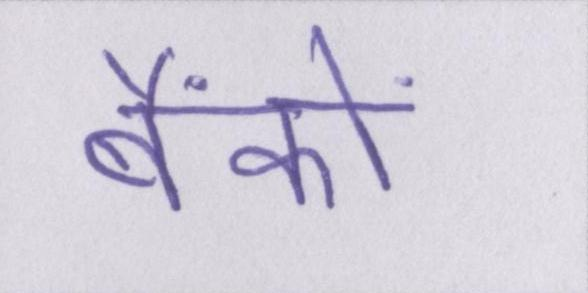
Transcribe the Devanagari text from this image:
बैंकों